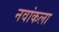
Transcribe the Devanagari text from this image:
नवांकला